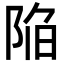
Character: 陥